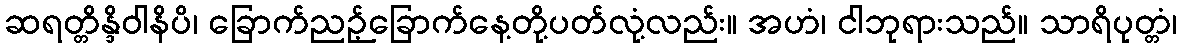
ဆရတ္တိန္ဒိဝါနိပိ၊ ခြောက်ညဉ့်ခြောက်နေ့တို့ပတ်လုံ့လည်း။ အဟံ၊ ငါဘုရားသည်။ သာရိပုတ္တံ၊